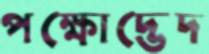
পক্ষোদ্ভেদ